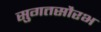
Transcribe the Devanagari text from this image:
सुगतसौरभ